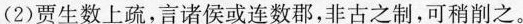
（2）贾生数上疏，言诸侯或连数郡，非古之制，可稍削之。